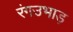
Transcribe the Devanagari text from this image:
रंगउभाड़